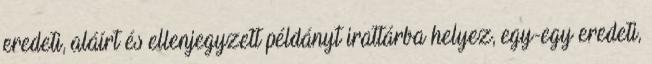
eredeti, aláírt és ellenjegyzett példányt irattárba helyez, egy-egy eredeti,